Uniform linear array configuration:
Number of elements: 48
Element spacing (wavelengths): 0.75
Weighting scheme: hann
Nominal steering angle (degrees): -60
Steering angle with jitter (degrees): -59.635
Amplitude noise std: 0.05
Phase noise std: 0.05

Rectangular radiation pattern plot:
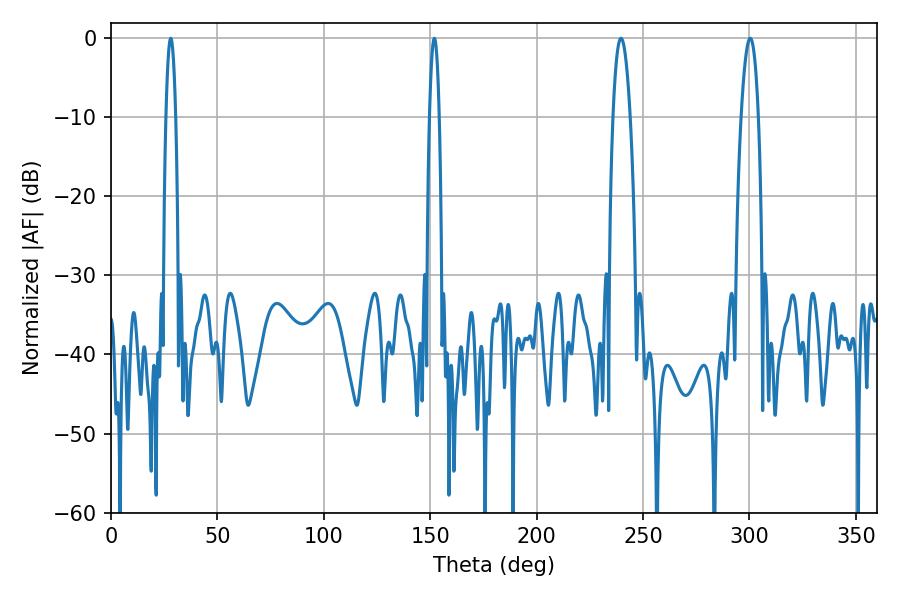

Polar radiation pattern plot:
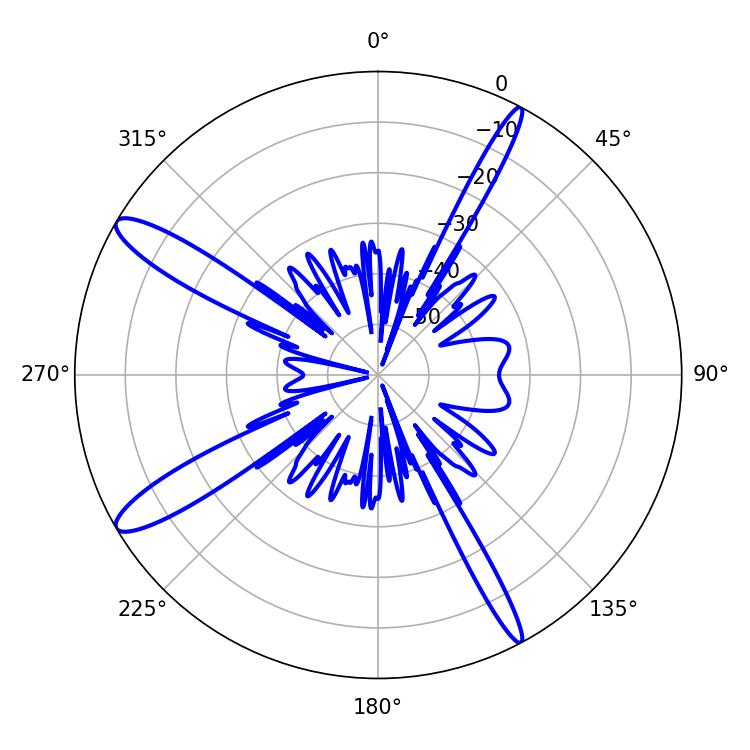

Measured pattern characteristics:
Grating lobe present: TRUE
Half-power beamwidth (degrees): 2.52
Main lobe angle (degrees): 28.08